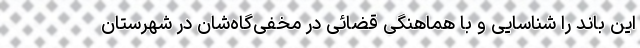
این باند را شناسایی و با هماهنگی قضائی در مخفی‌گاه‌شان در شهرستان